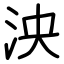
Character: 泱